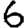
Digit: 6